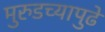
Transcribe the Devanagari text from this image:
मुरुडच्यापुढे